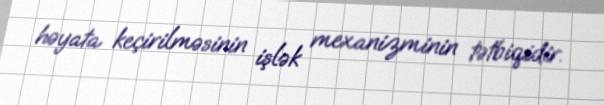
həyata keçirilməsinin işlək mexanizminin tətbiqidir.